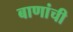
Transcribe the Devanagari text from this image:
बाणांची